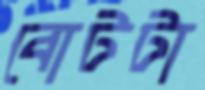
বোটটা